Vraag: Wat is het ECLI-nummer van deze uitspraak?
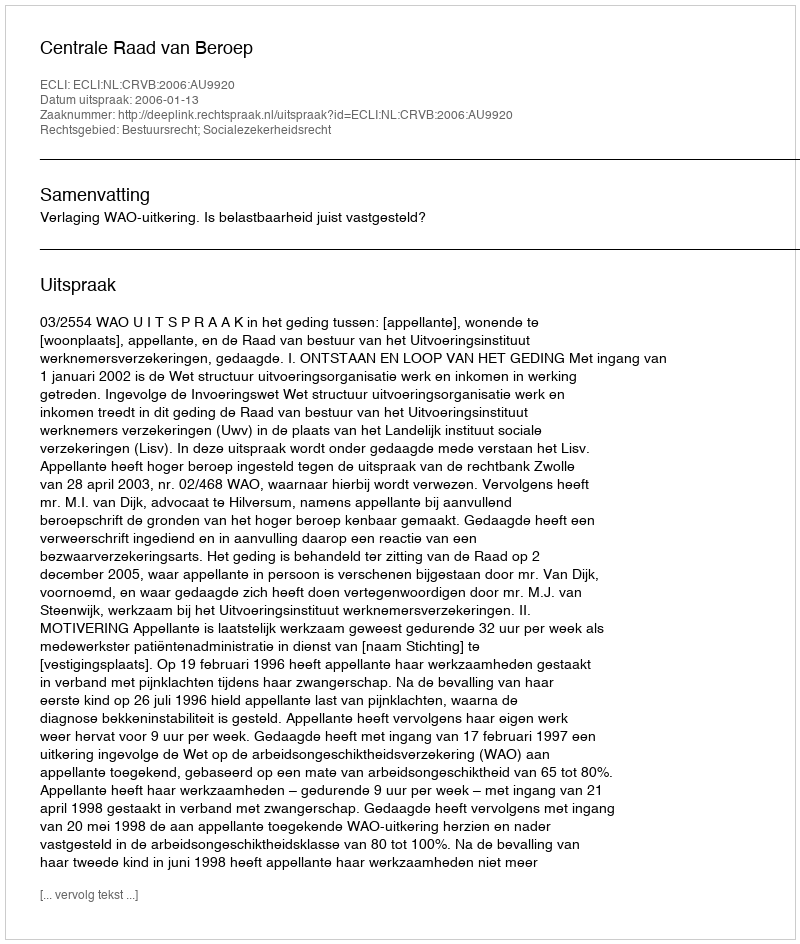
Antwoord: ECLI:NL:CRVB:2006:AU9920